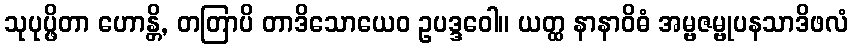
သုပုပ္ဖိတာ ဟောန္တိ, တတြာပိ တာဒိသောယေဝ ဥပဒ္ဒဝေါ။ ယတ္ထ နာနာဝိဓံ အမ္ဗဇမ္ဗုပနသာဒိဖလံ